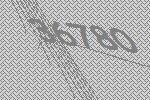
36780